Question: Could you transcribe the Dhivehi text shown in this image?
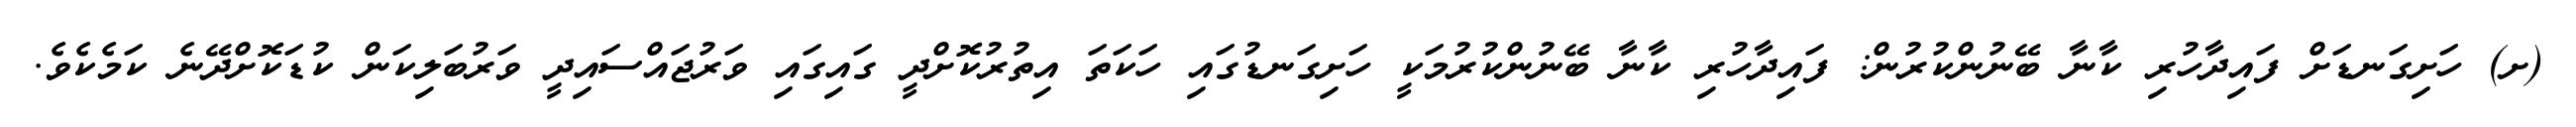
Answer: (ށ) ހަށިގަނޑަށް ފައިދާހުރި ކާނާ ބޭނުންކުރުން: ފައިދާހުރި ކާނާ ބޭނުންކުރުމަކީ ހަށިގަނޑުގައި ހަކަތަ އިތުރުކޮށްދީ ގައިގައި ވަރުޖައްސައިދީ ވަރުބަލިކަން ކުޑަކޮށްދޭނެ ކަމެކެވެ.